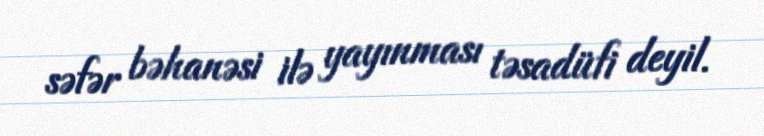
səfər bəhanəsi ilə yayınması təsadüfi deyil.